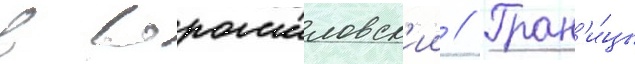
в ворошиловск'ии // Гран'и́цы